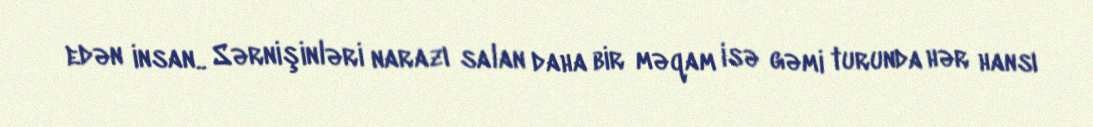
edən insan.. Sərnişinləri narazı salan daha bir məqam isə gəmi turunda hər hansı